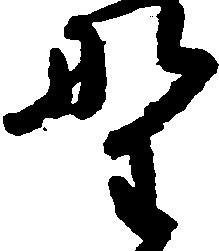
野